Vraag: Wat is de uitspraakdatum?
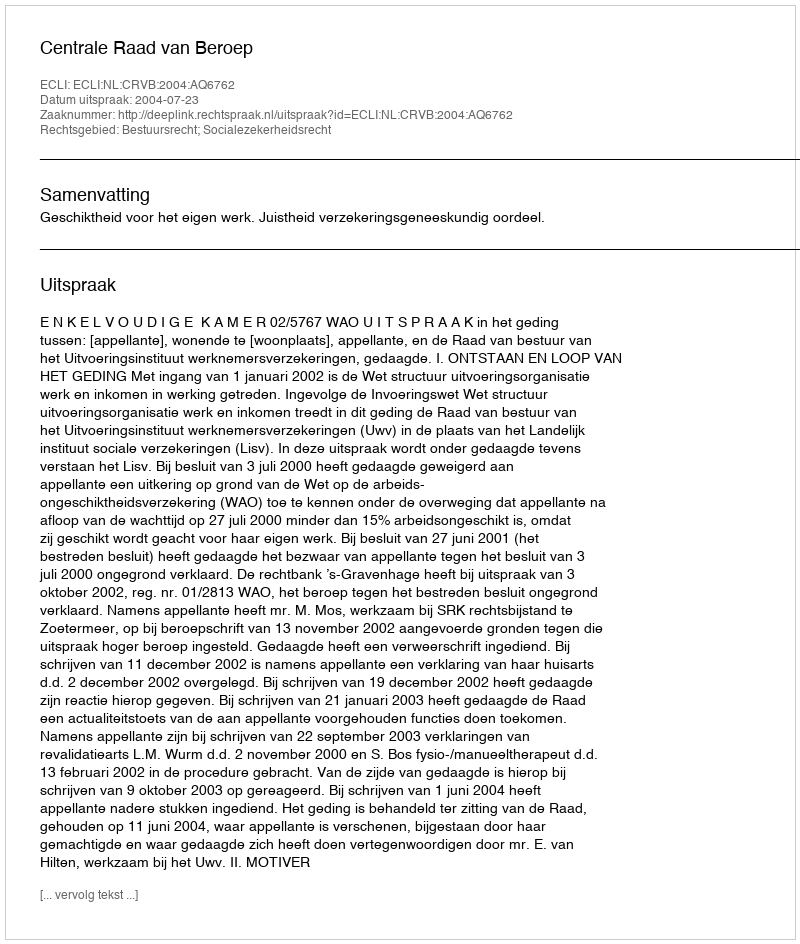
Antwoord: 2004-07-23